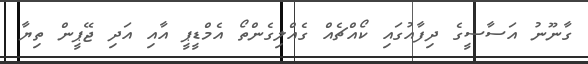
ގާނޫނު އަސާސީގެ ދިފާއުގައި ކޯއްޗެއް ގެއްލިގެންތޯ އެމްޑީޕީ އާއި އަދި ޖޭޕީން ތިޔާ